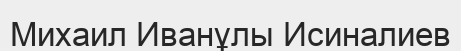
Михаил Иванұлы Исиналиев